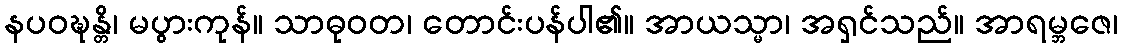
နပဝဍ္ဎန္တိ၊ မပွားကုန်။ သာဓုဝတ၊ တောင်းပန်ပါ၏။ အာယသ္မာ၊ အရှင်သည်။ အာရမ္ဘဇေ၊